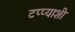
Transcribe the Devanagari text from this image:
टप्प्याशी